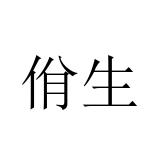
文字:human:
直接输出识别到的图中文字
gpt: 佾生